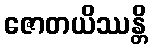
ဇောတယိဿန္တိ